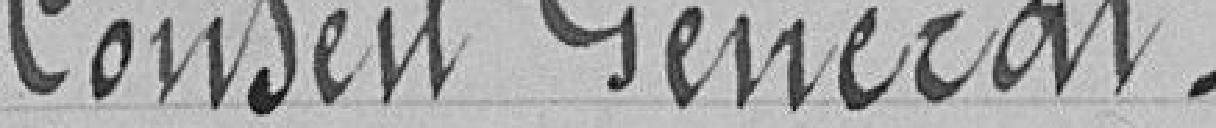
Conseil Général